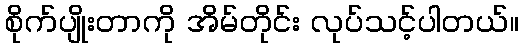
စိုက်ပျိုးတာကို အိမ်တိုင်း လုပ်သင့်ပါတယ်။